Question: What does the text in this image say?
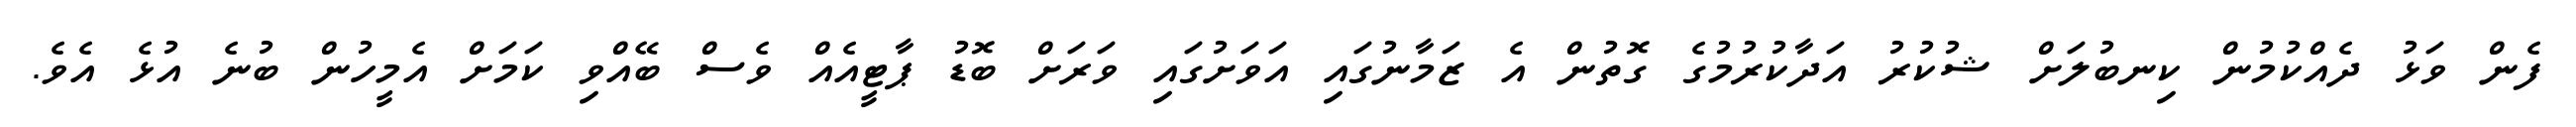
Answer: ފެން ވަޅު ދެއްކުމުން ކިނބުލަށް ޝުކުރު އަދާކުރުމުގެ ގޮތުން އެ ޒަމާނުގައި އަވަށުގައި ވަރަށް ބޮޑު ޕާޓީއެއް ވެސް ބޭއްވި ކަމަށް އެމީހުން ބުނެ އުޅެ އެވެ.